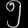
Digit: ၅